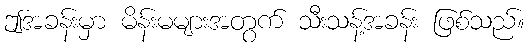
ဤအခန်းမှာ မိန်းမများအတွက် သီးသန့်အခန်း ဖြစ်သည်။